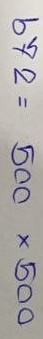
672 = 500 x 500